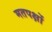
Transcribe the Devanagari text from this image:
मतपक्षों